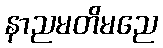
နာညမတိမညေ